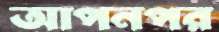
আপনপর